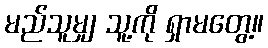
မည်သူမျှ သူ့ကို ရှာမတွေ့။